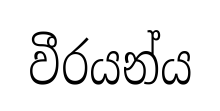
වීරයන්ය